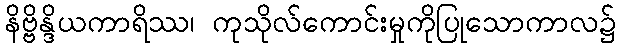
နိဗ္ဗိန္ဒိယကာရိဿ၊ ကုသိုလ်ကောင်းမှုကိုပြုသောကာလ၌